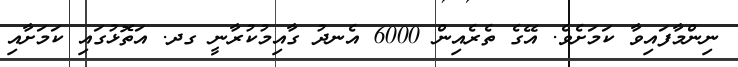
ނިންމާފައިވާ ކަމަށެވެ. އޭގެ ތެރެއިން 6000 އެނދު ގާއިމުކުރާނީ ގދ. އަތޮޅުގައި ކަމަށާއި